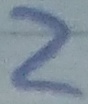
Text: 2